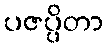
ပဇပ္ပိတာ